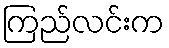
ကြည်လင်းက